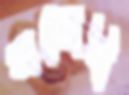
সন্তোষী